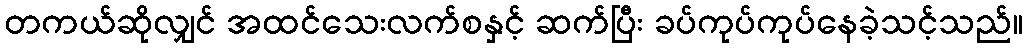
တကယ်ဆိုလျှင် အထင်သေးလက်စနှင့် ဆက်ပြီး ခပ်ကုပ်ကုပ်နေခဲ့သင့်သည်။